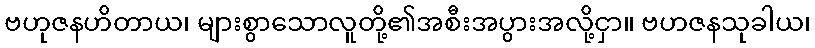
ဗဟုဇနဟိတာယ၊ များစွာသောလူတို့၏အစီးအပွားအလို့ငှာ။ ဗဟဇနသုခါယ၊